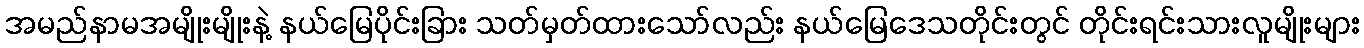
အမည်နာမအမျိုးမျိုးနဲ့ နယ်မြေပိုင်းခြား သတ်မှတ်ထားသော်လည်း နယ်မြေဒေသတိုင်းတွင် တိုင်းရင်းသားလူမျိုးများ